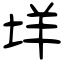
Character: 垟